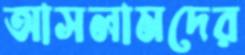
আসলামদের